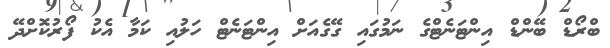
ބްރޯޑް ބޭންޑް އިންޓަނެޓްގެ ނަމުގައި ގޭގެއަށް އިންޓަނެޓް ހަލުއި ކަމާ އެކު ފޯރުކޮށްދޭ